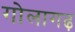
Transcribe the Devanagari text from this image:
गोलागढ़